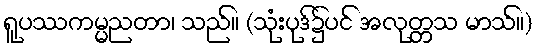
ရူပဿကမ္မညတာ၊ သည်။ (သုံးပုဒ်၌ပင် အလုတ္တသ မာသ်။)